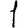
Digit: 1